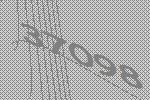
37098